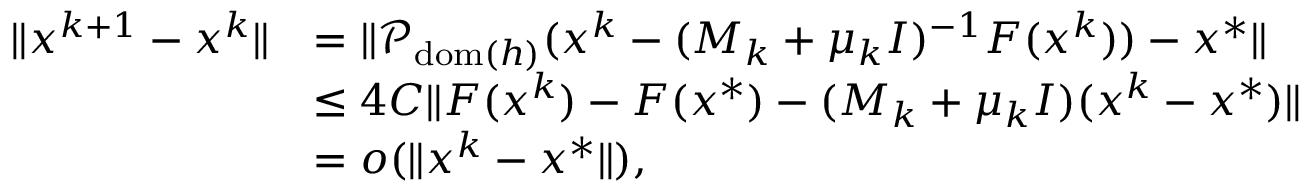
\begin{array} { r l } { \| x ^ { k + 1 } - x ^ { k } \| } & { = \| \mathcal { P } _ { \mathrm { d o m } ( h ) } ( x ^ { k } - ( M _ { k } + \mu _ { k } I ) ^ { - 1 } F ( x ^ { k } ) ) - x ^ { * } \| } \\ & { \leq 4 C \| F ( x ^ { k } ) - F ( x ^ { * } ) - ( M _ { k } + \mu _ { k } I ) ( x ^ { k } - x ^ { * } ) \| } \\ & { = o ( \| x ^ { k } - x ^ { * } \| ) , } \end{array}